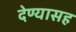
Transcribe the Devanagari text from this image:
देण्‍यासह